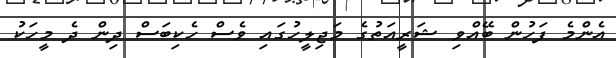
އެންމެ ފަހުން ބޭއްވި ޝަރީއަތުގެ މަޖިލީހުގައި ވެސް ހެކިބަސް ދިން ދެ މީހަކު